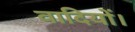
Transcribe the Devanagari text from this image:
वादियों।